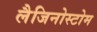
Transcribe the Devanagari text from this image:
लैजिनोस्टोम